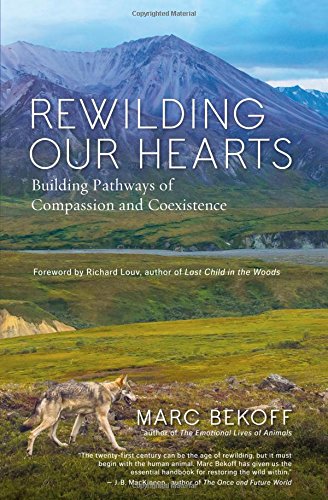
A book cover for Rewilding Our Hearts: Building Pathways of Compassion and Coexistence; Marc Bekoff; Science & Math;